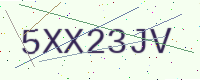
Text: 5XX23JV